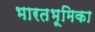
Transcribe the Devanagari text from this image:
भारतभूमिका